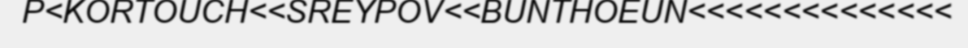
P<KORTOUCH<<SREYPOV<<BUNTHOEUN<<<<<<<<<<<<<<